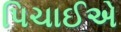
પિચાઈએ